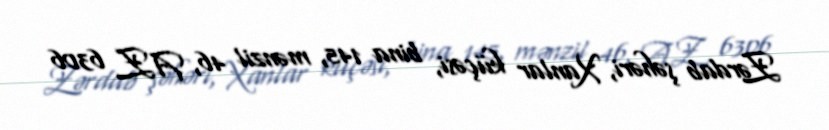
Zərdab şəhəri, Xanlar küçəsi, bina 145, mənzil 46, AZ 6306